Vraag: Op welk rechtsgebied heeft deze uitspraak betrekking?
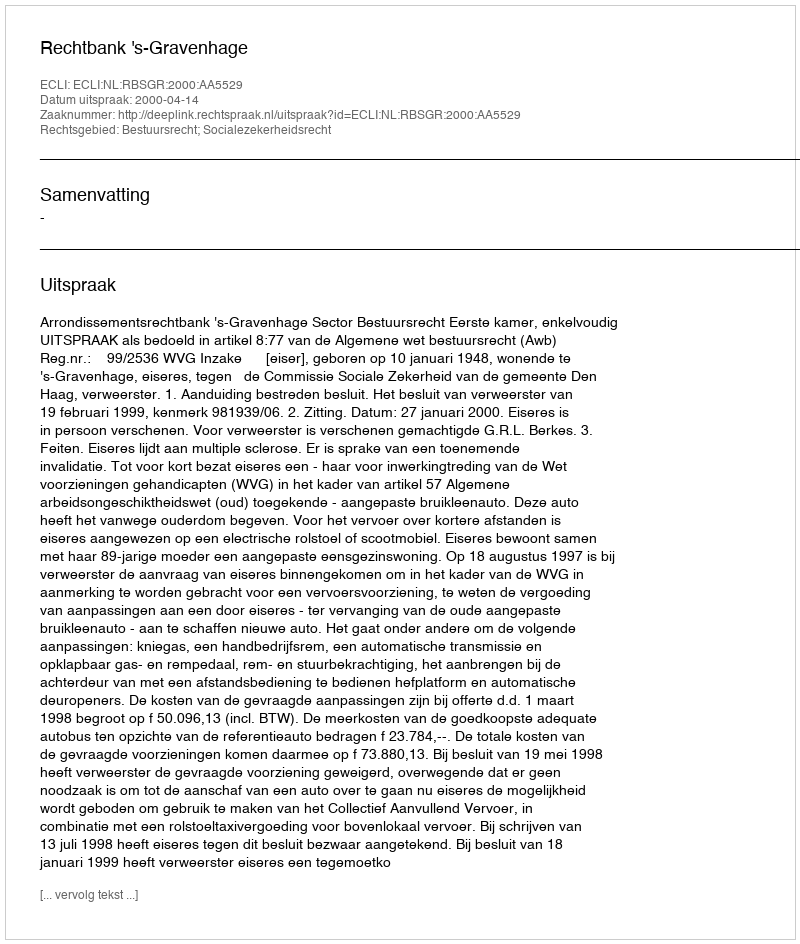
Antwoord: Bestuursrecht; Socialezekerheidsrecht